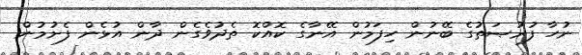
ނުހާ ފުރުޞަތުގެ ބޭނުން ހިފަމުން އޭނާގެ ކޮއްކޮ ތެދުވެގެން ދާން އުޅެން ފެށުމުން